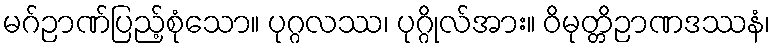
မဂ်ဉာဏ်ပြည့်စုံသော။ ပုဂ္ဂလဿ၊ ပုဂ္ဂိုလ်အား။ ဝိမုတ္တိဉာဏဒဿနံ၊